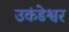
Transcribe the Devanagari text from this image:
उकंडेश्वर